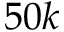
5 0 k